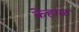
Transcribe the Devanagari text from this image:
केहाळ